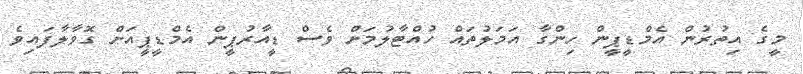
މީގެ އިތުރުން އެމްޑީޕީން ހިންގާ އަމަލުތައް ހުއްޓާލުމަށް ވެސް ޑީއާރުޕީން އެމްޑީޕީއަށް ގޮވާލާފައިވެ